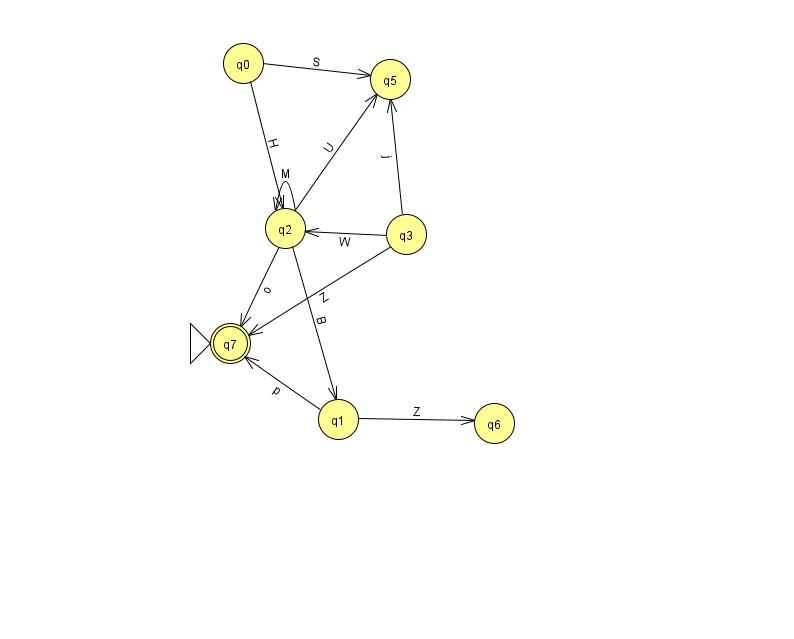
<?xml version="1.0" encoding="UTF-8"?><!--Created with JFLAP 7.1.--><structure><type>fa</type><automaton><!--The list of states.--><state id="0" name="q0"><x>243.0</x><y>50.0</y></state><state id="1" name="q1"><x>338.0</x><y>406.0</y></state><state id="2" name="q2"><x>285.0</x><y>215.0</y></state><state id="3" name="q3"><x>406.0</x><y>221.0</y></state><state id="5" name="q5"><x>390.0</x><y>66.0</y></state><state id="6" name="q6"><x>494.0</x><y>410.0</y></state><state id="7" name="q7"><x>230.0</x><y>330.0</y><initial/><final/></state><!--The list of transitions.--><transition><from>0</from><to>5</to><read>S</read></transition><transition><from>2</from><to>1</to><read>B</read></transition><transition><from>1</from><to>6</to><read>Z</read></transition><transition><from>2</from><to>5</to><read>U</read></transition><transition><from>1</from><to>7</to><read>p</read></transition><transition><from>3</from><to>2</to><read>W</read></transition><transition><from>2</from><to>7</to><read>o</read></transition><transition><from>0</from><to>2</to><read>H</read></transition><transition><from>3</from><to>5</to><read>j</read></transition><transition><from>3</from><to>7</to><read>Z</read></transition><transition><from>2</from><to>2</to><read>M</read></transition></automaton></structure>